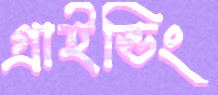
গ্রাইন্ডিং